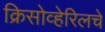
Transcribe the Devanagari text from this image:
क्रिसोव्हेरिलचे